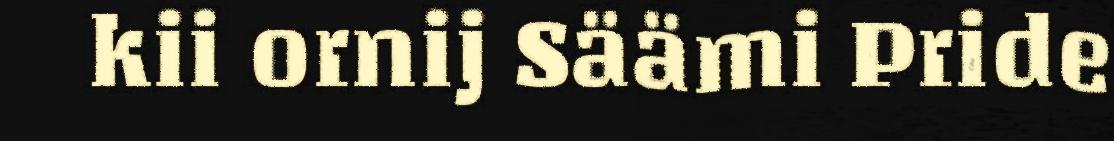
kii ornij Säämi Pride